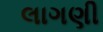
લાગણી